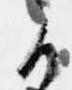
候